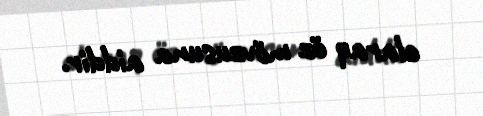
olaraq öz mövzusuna aiddir.